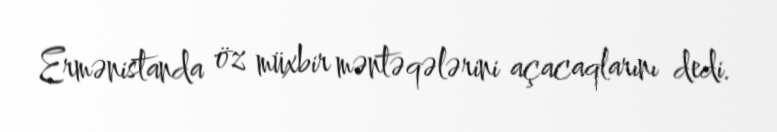
Ermənistanda öz müxbir məntəqələrini açacaqlarını dedi.